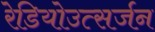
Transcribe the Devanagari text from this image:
रेडियोउत्सर्जन